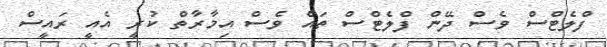
ފްލެޓްސް ވެސް ދޭން ފްލެޓްސް ތައް ވެސް އިމާރާތް ކުރީ އެއީ ރައީސް